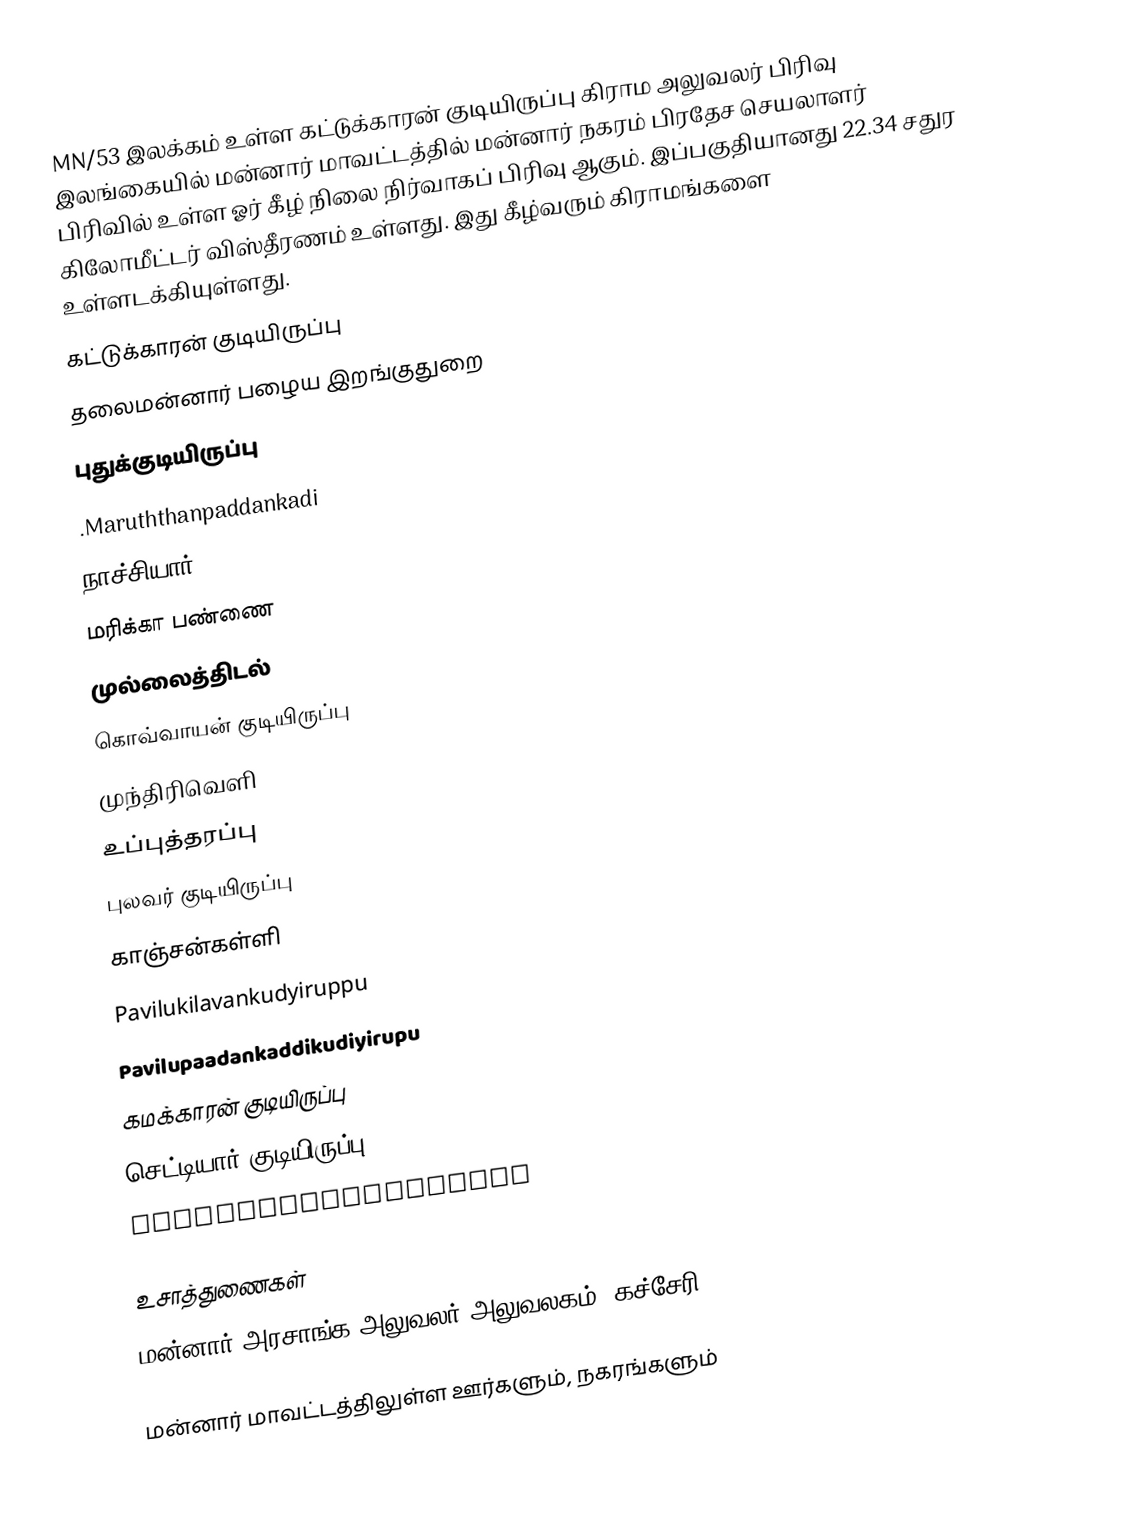
MN/53 இலக்கம் உள்ள கட்டுக்காரன் குடியிருப்பு கிராம அலுவலர் பிரிவு இலங்கையில் மன்னார் மாவட்டத்தில் மன்னார் நகரம் பிரதேச செயலாளர் பிரிவில்  உள்ள ஓர் கீழ் நிலை நிர்வாகப் பிரிவு ஆகும். இப்பகுதியானது 22.34 சதுர கிலோமீட்டர் விஸ்தீரணம் உள்ளது. இது கீழ்வரும் கிராமங்களை உள்ளடக்கியுள்ளது.
கட்டுக்காரன் குடியிருப்பு
தலைமன்னார் பழைய இறங்குதுறை
புதுக்குடியிருப்பு
.Maruththanpaddankadi
நாச்சியார்
மரிக்கா பண்ணை
முல்லைத்திடல்
கொவ்வாயன் குடியிருப்பு
முந்திரிவெளி
உப்புத்தரப்பு
புலவர் குடியிருப்பு
காஞ்சன்கள்ளி
Pavilukilavankudyiruppu
Pavilupaadankaddikudiyirupu
கமக்காரன் குடியிருப்பு
செட்டியார் குடியிருப்பு
Maintharkudiyiruppu

உசாத்துணைகள்
மன்னார் அரசாங்க அலுவலர் அலுவலகம் (கச்சேரி), 2002

மன்னார் மாவட்டத்திலுள்ள ஊர்களும், நகரங்களும்